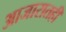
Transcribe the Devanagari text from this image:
आजारातही